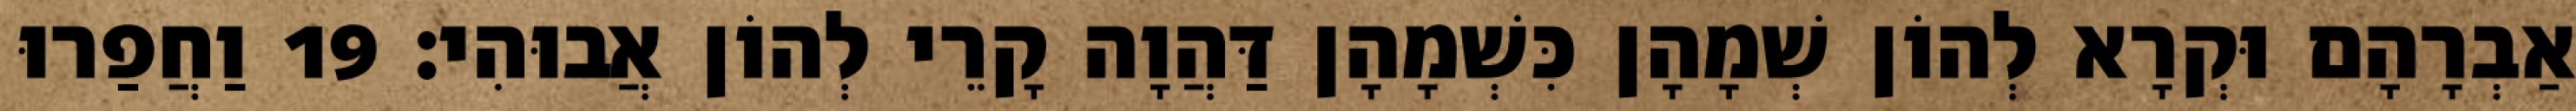
אַבְרָהָם וּקְרָא לְהוֹן שְׁמָהָן כִּשְׁמָהָן דַּהֲוָה קָרֵי לְהוֹן אֲבוּהִי׃ 19 וַחֲפַרוּ